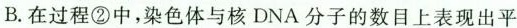
B.在过程②中，染色体与核DNA分子的数目上表现出平